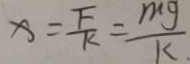
x = \frac { F } { k } = \frac { m g } { k }